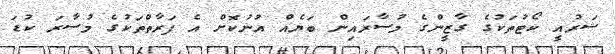
ޝަރުއީ ކޯޓުތަކުގެ ގާޒީންގެ މުސާރައިން ބަޔެއް އުނުކޮށް އެ ފަރާތްތަކުގެ މުސާރަ ކުޑަ